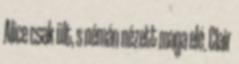
Alice csak ült, s némán nézett maga elé. Clair